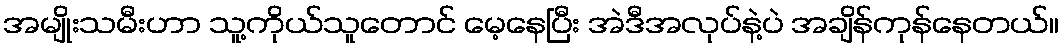
အမျိုးသမီးဟာ သူ့ကိုယ်သူတောင် မေ့နေပြီး အဲဒီအလုပ်နဲ့ပဲ အချိန်ကုန်နေတယ်။